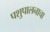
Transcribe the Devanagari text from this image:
पशुपालनाचा